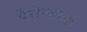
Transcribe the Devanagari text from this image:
पैरोनामिक